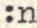
:n